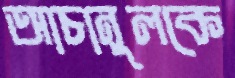
আচানুলকে